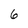
Character: 6